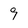
Character: 9